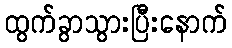
ထွက်ခွာသွားပြီးနောက်